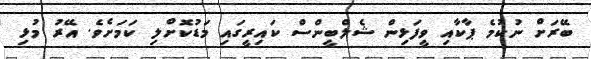
ބޭރަށް ނުކުމެ ޕާކާއި ވީފަޅިން ޝެލްބީންސް ކައިރީގައި މަޑުކޮށްލި ކަމަށެވެ. އޭރު މުޅި